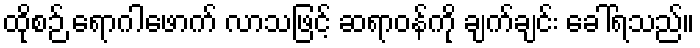
ထိုစဉ် ရောဂါဖောက် လာသဖြင့် ဆရာဝန်ကို ချက်ချင်း ခေါ်ရသည်။